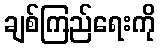
ချစ်ကြည်ရေးကို